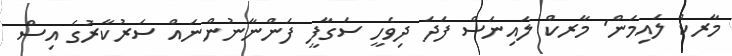
މާރކް ލައިމަން' މާރކް ލައިނަސް ފަދަ ދިވެހީ ސަގާފީ ފަންނާނުންނައް ސަރުކާރުގެ އިސް